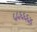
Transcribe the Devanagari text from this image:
५५६६६४